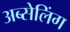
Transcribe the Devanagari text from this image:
अब्सेलिंग